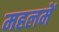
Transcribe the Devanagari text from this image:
महलमें